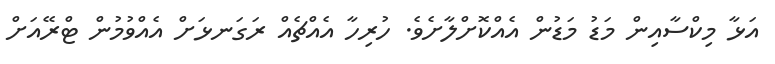
އަޅާ މިކްސާއިން މަޑު މަޑުން އެއްކޮށްލާށެވެ. ހުރިހާ އެއްޗެއް ރަގަނޅަށް އެއްވުމުން ޓްރޭއަށް